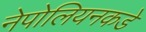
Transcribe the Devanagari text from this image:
नेपोलियनकडे